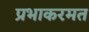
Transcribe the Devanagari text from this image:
प्रभाकरमत